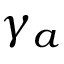
\gamma _ { a }